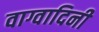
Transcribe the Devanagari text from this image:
वाग्वादिनी